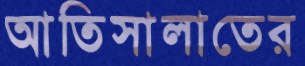
আতিসালাতের